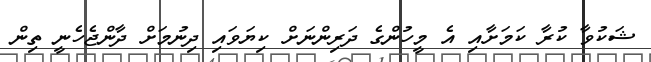
ޝަކުވާ ކުރާ ކަމަށާއި އެ މީހުންގެ ދަރިންނަށް ކިޔަވައި ދިނުމަށް ދާންޖެހެނީ ތިން